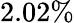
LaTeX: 2.02\%